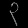
Digit: ၃